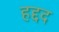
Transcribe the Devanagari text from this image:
हद्दद